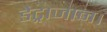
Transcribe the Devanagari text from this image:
डेट्राजान।